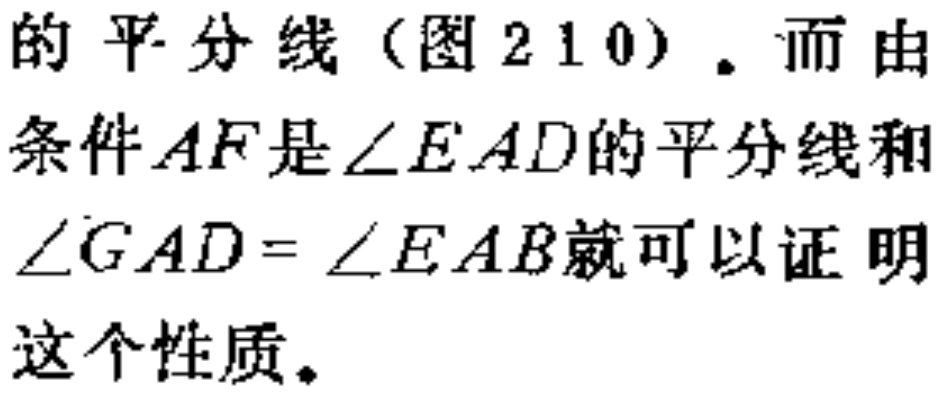
的平分线（图210）。而由条件$AF$是$\angle EAD$的平分线和$\angle GAD = \angle EAB$就可以证明这个性质。